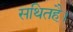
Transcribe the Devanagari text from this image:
सथितहै।